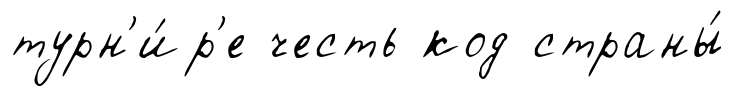
турн'и́р'е честь код страны́